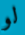
لو